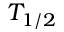
T _ { 1 / 2 }